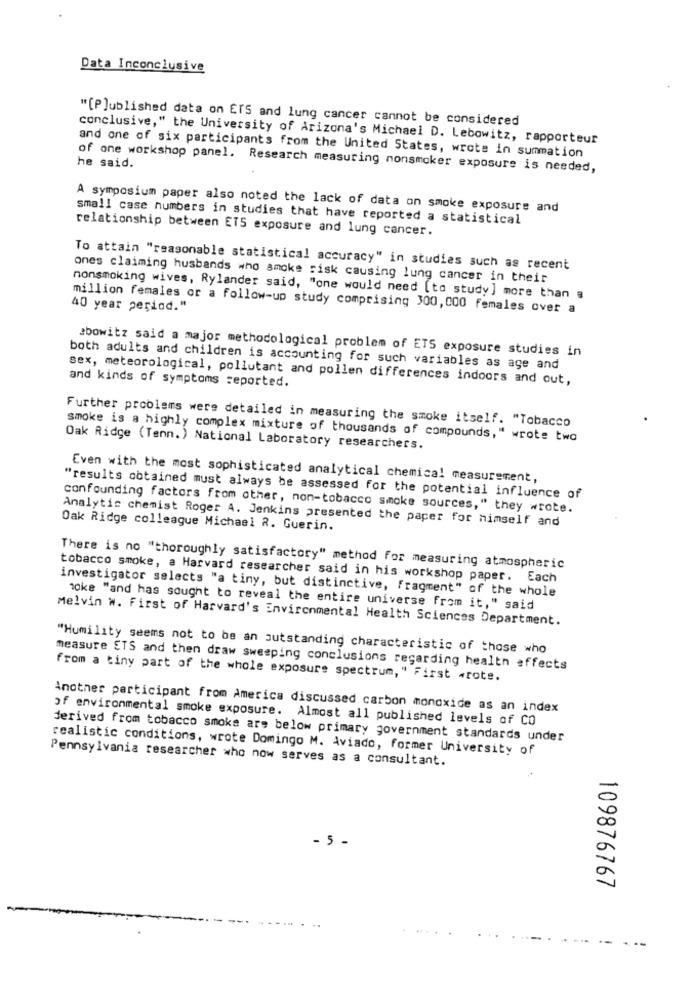
Data Inconclusive
"[P]ublished data on ETS and lung cancer cannot be considered
conclusive," the University of Arizona's Michael D. Lebowitz, rapporteur
and one of six participants from the United States, wrote in summation
he said.
of one workshop panel. Research measuring nonsmoker exposure is needed,
A symposium paper also noted the lack of data on smoke exposure and
small case numbers in studies that have reported a statistical
relationship between ETS exposure and lung cancer.
To attain "reasonable statistical accuracy" in studies such as recent
ones claiming husbands who smoke risk causing lung cancer in their
nonsmoking wives, Rylander said, "one would need [to study] more than a
40 year period."
million females or a follow-up study comprising 300, 000 females over a
bowitz said a major methodological problem of ETS exposure studies in
both adults and children is accounting for such variables as age and
and kinds of symptoms reported.
sex, meteorological, pollutant and pollen differences indoors and out,
Further problems were detailed in measuring the smoke itself. "Tobacco
smoke is a highly complex mixture of thousands of compounds," wrote two
Oak Ridge (Tenn.) National Laboratory researchers.
Even with the most sophisticated analytical chemical measurement,
"results obtained must always be assessed for the potential influence of
confounding factors from other, non-tobacco smoke sources," they wrote.
Analytic chemist Roger A. Jenkins presented the paper for himself and
Oak Ridge colleague Michael 2. Guerin.
There is no "thoroughly satisfactory" method for measuring atmospheric
tobacco smoke, a Harvard researcher said in his workshop paper. Each
investigator selects "a tiny, but distinctive, fragment" of the whole
toke "and has sought to reveal the entire universe from it," said
Melvin W. First of Harvard's Environmental Health Sciences Department.
"Humility seems not to be an outstanding characteristic of those who
measure ETS and then draw sweeping conclusions regarding health effects
from a tiny part of the whole exposure spectrum," First wrote.
Another participant from America discussed carbon monoxide as an index
of environmental smoke exposure. Almost all published levels of CO
derived from tobacco smoke are below primary government standards under
realistic conditions, wrote Domingo M. Aviado, former University of
Pennsylvania researcher who now serves as a consultant.
- 5 -
109876767
--